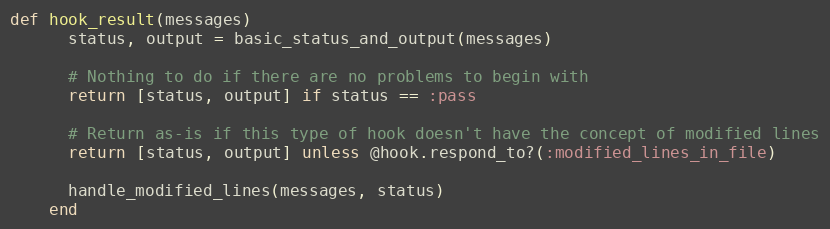
Language: Ruby
def hook_result(messages)
      status, output = basic_status_and_output(messages)

      # Nothing to do if there are no problems to begin with
      return [status, output] if status == :pass

      # Return as-is if this type of hook doesn't have the concept of modified lines
      return [status, output] unless @hook.respond_to?(:modified_lines_in_file)

      handle_modified_lines(messages, status)
    end